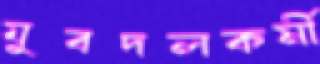
যুবদলকর্মী